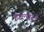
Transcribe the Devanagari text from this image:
हाल्वेल